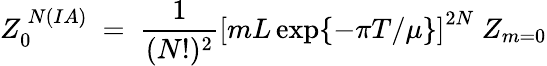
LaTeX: Z_{0}^{~N(IA)}~=~\frac{1}{(N!)^{2}}\left[mL\exp\{ -\pi T/\mu\} \right]^{2N}~Z_{m=0}